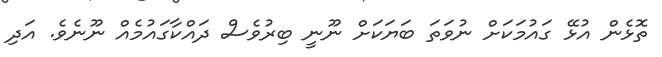
ތޮޅެން އުޅޭ ގައުމަކަށް ނުވަތަ ބަޔަކަށް ނޫނީ ބިރުވެސް ދައްކާގައުމެއް ނޫނެވެ. އަދި